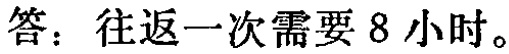
答：往返一次需要8小时。